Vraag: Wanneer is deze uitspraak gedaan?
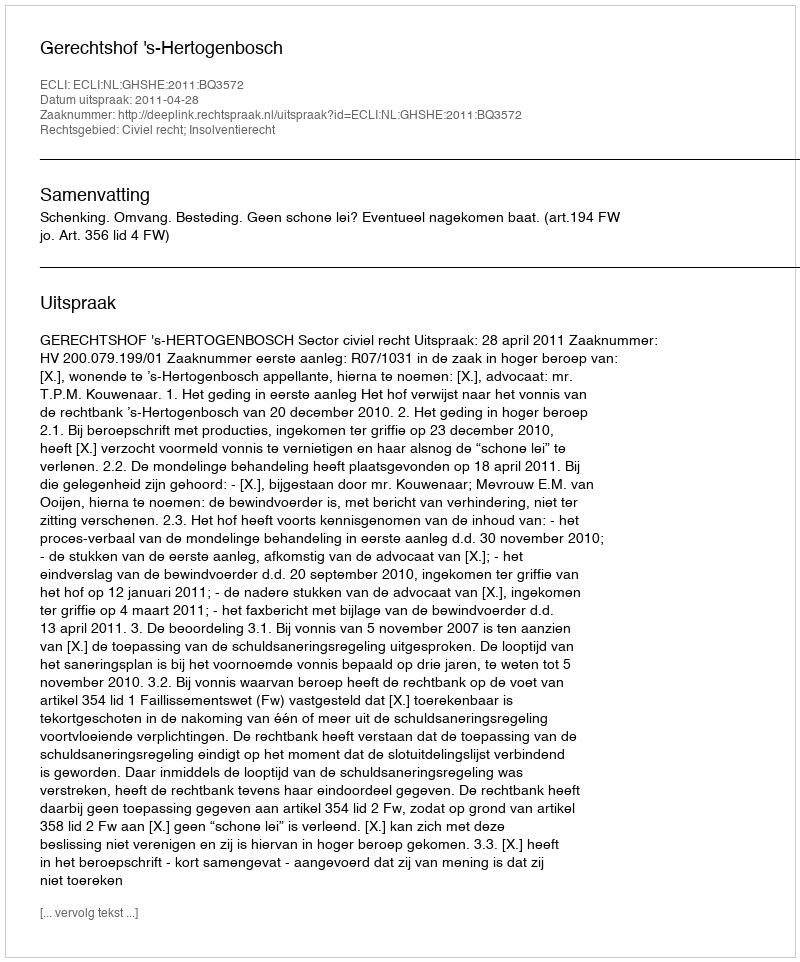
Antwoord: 2011-04-28